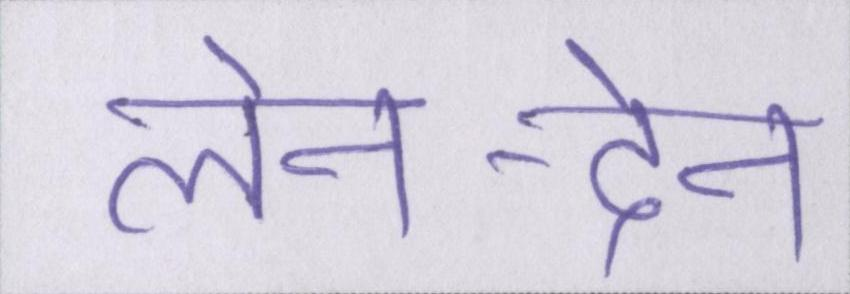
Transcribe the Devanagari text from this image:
लेन-देन